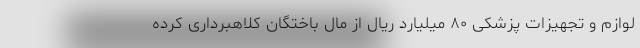
لوازم و تجهیزات پزشکی ۸۰ میلیارد ریال از مال باختگان کلاهبرداری کرده